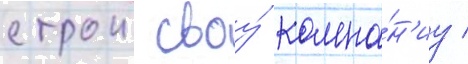
строил своу́ компа́н'иу /